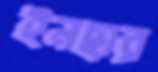
ইনছার